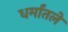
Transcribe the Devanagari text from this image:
धर्मांतले